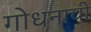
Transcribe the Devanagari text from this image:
गोधनाची